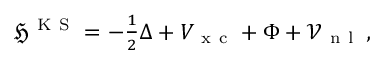
\begin{array} { r } { \mathfrak { H } ^ { \mathrm { ~ K ~ S ~ } } = - \frac { 1 } { 2 } \Delta + V _ { \mathrm { ~ x ~ c ~ } } + \Phi + \mathcal { V } _ { \mathrm { ~ n ~ l ~ } } \, , } \end{array}